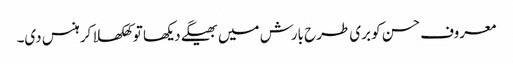
معروف حسن کو بری طرح بارش میں بھیگے دیکھا تو کھلکھلا کر ہنس دی۔